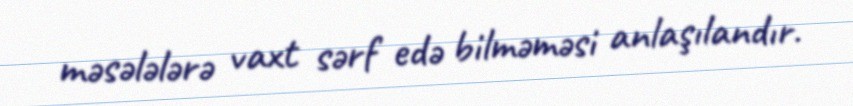
məsələlərə vaxt sərf edə bilməməsi anlaşılandır.